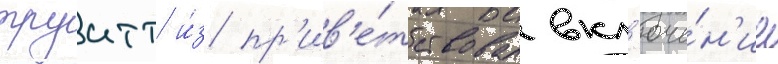
труитт и́з пр'ив'е́тствовал вкл'юче́н'ие